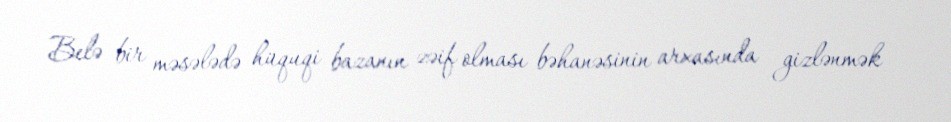
Belə bir məsələdə hüquqi bazanın zəif olması bəhanəsinin arxasında gizlənmək